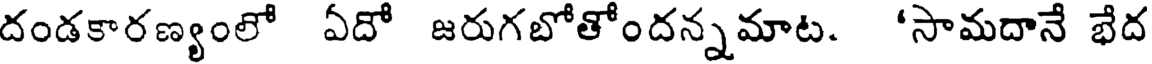
దండకారణ్యంలో ఏదో జరుగబోతోందన్నమాట. 'సామదానే భేద